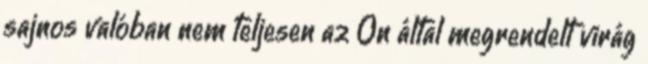
sajnos valóban nem teljesen az Ön által megrendelt virág